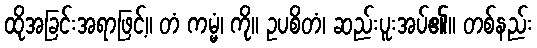
ထိုအခြင်းအရာဖြင့်။ တံ ကမ္မံ၊ ကို။ ဥပစိတံ၊ ဆည်းပူးအပ်၏။ တစ်နည်း